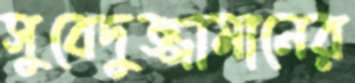
সুবেদুজ্জামানের